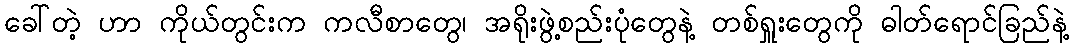
ခေါ်တဲ့ ဟာ ကိုယ်တွင်းက ကလီစာတွေ၊ အရိုးဖွဲ့စည်းပုံတွေနဲ့ တစ်ရှူးတွေကို ဓါတ်ရောင်ခြည်နဲ့